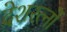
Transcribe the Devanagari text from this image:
देशरत्नों